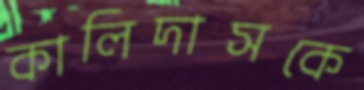
কালিদাসকে